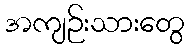
အကျဉ်းသားတွေ